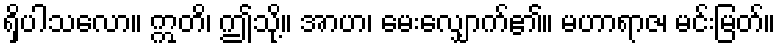
ရှိပါသလော။ ဣတိ၊ ဤသို့။ အာဟ၊ မေးလျှောက်၏။ မဟာရာဇ၊ မင်းမြတ်။